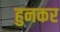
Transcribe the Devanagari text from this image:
हुनकर